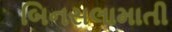
બિનસલામાતી